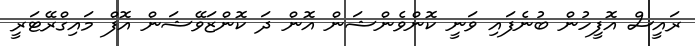
ރައީސް އޮފީހުން ބުނެފައި ވަނީ ކޮންވެންޝަން އޮން ދަ ކޮންޒަވޭޝަން އޮފް މައިގްރޭޓަރީ